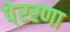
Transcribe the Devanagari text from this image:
पे्ररणा